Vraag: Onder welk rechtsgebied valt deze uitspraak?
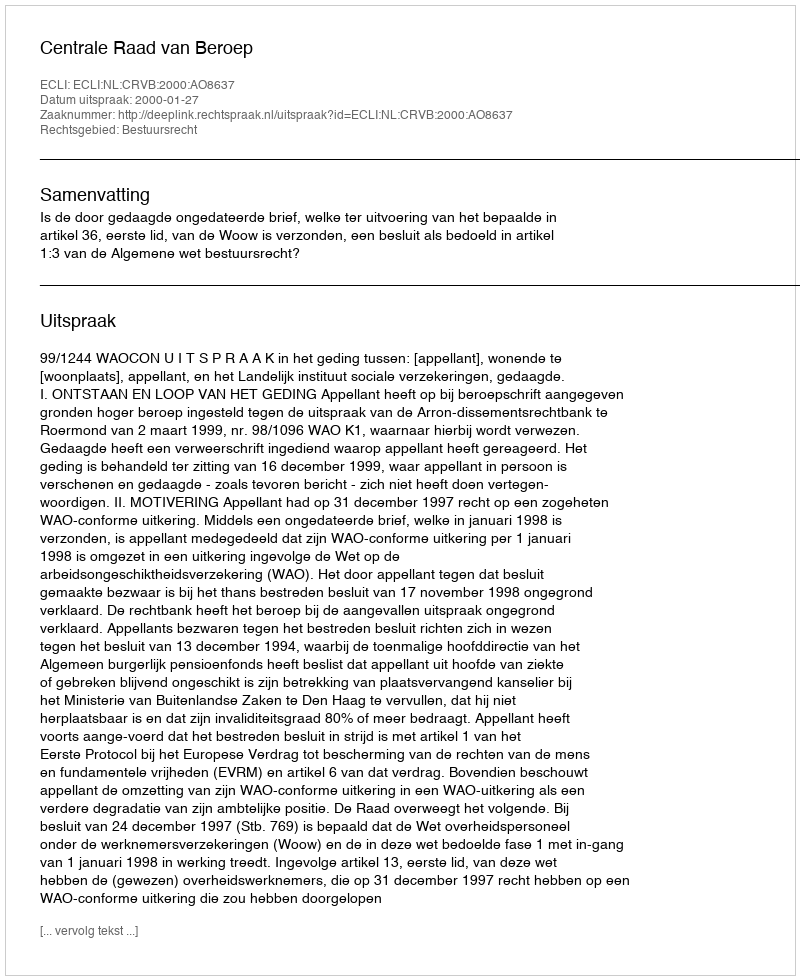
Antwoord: Bestuursrecht